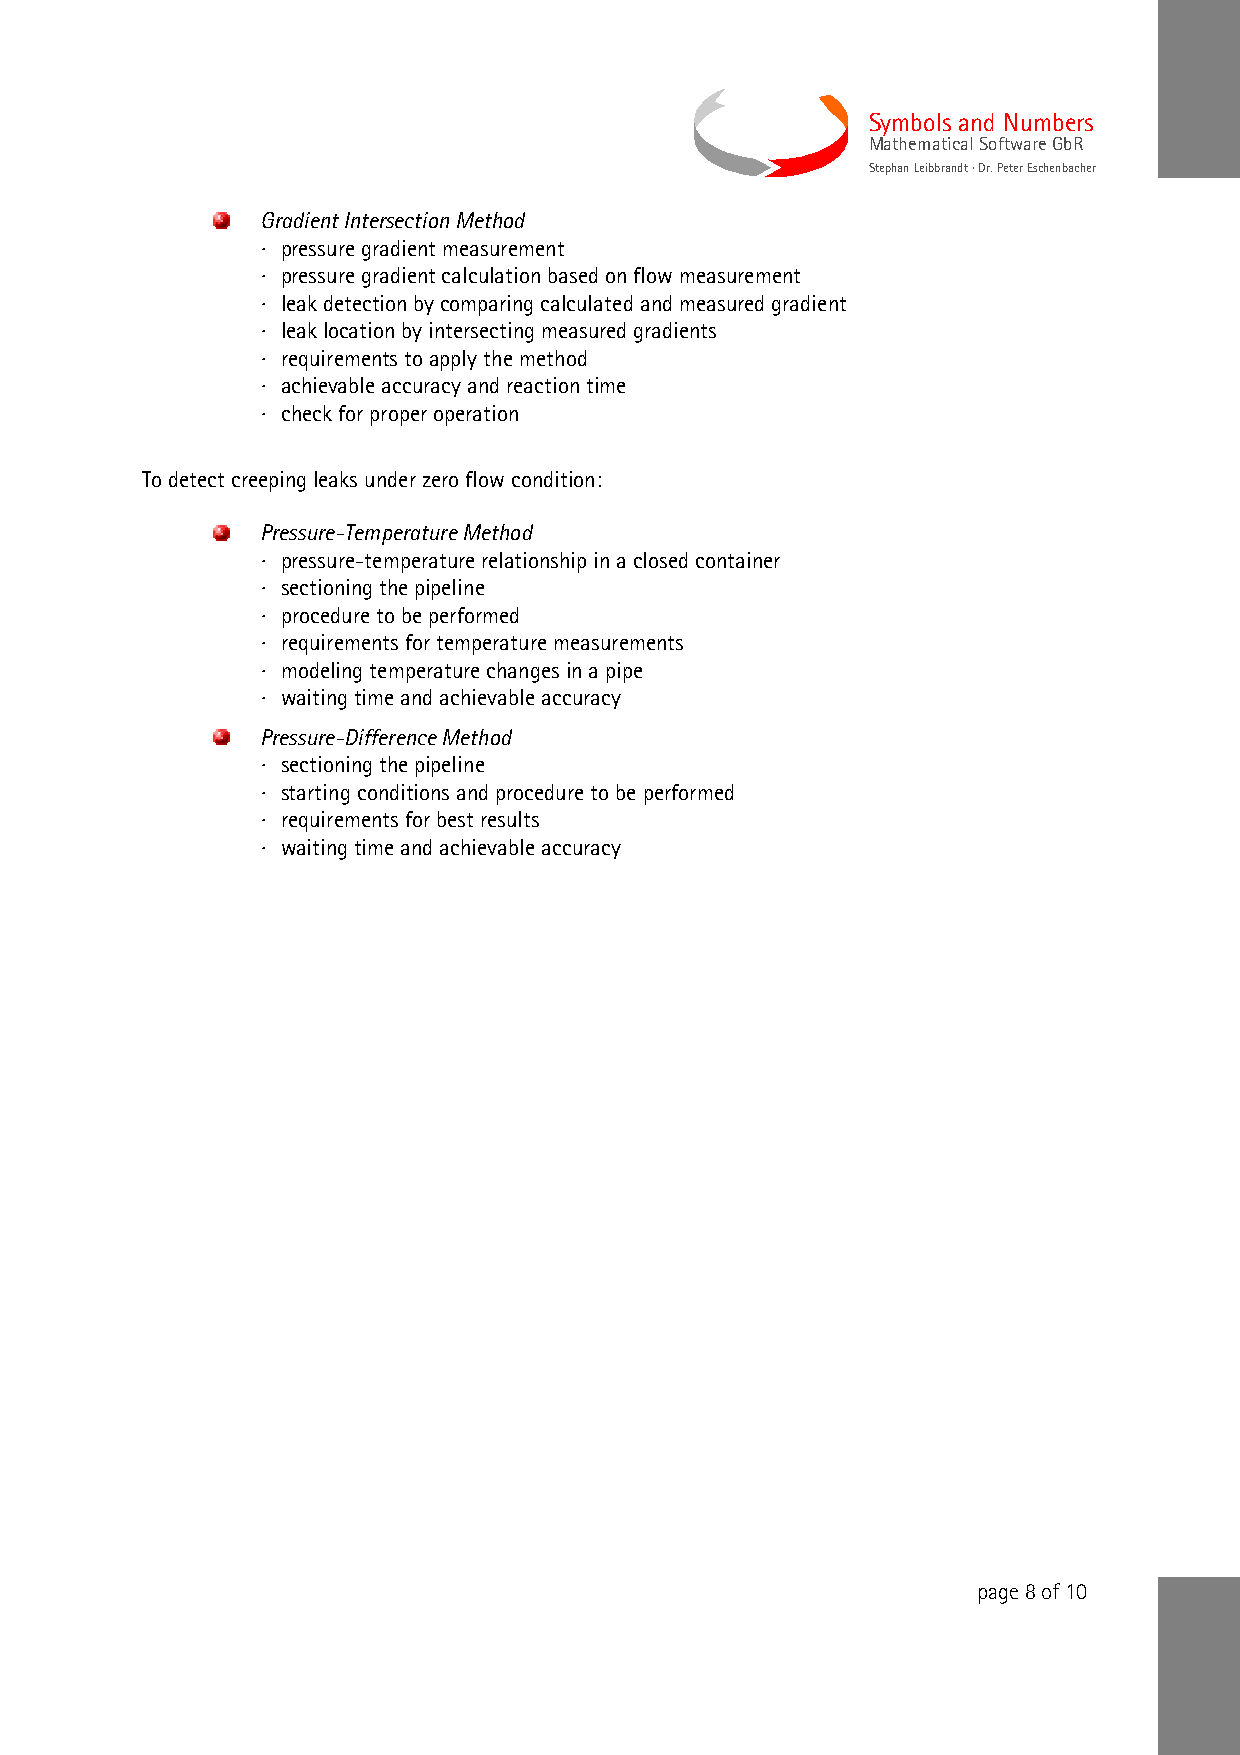
Symbols and Numbers
 Mathematical Software GbR
 Stephan Leibbrandt · Dr. Peter Eschenbacher
 Gradient Intersection Method
 · pressure gradient measurement
 · pressure gradient calculation based on flow measurement
 · leak detection by comparing calculated and measured gradient
 · leak location by intersecting measured gradients
 · requirements to apply the method
 · achievable accuracy and reaction time
 · check for proper operation
 To detect creeping leaks under zero flow condition:
 Pressure-Temperature Method
 · pressure-temperature relationship in a closed container
 · sectioning the pipeline
 · procedure to be performed
 · requirements for temperature measurements
 · modeling temperature changes in a pipe
 · waiting time and achievable accuracy
 Pressure-Difference Method
 · sectioning the pipeline
 · starting conditions and procedure to be performed
 · requirements for best results
 · waiting time and achievable accuracy
 page 8 of 10